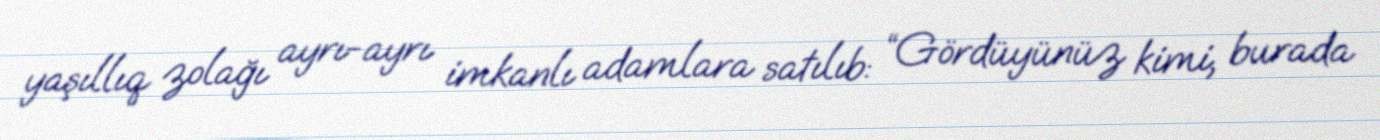
yaşıllıq zolağı ayrı-ayrı imkanlı adamlara satılıb: “Gördüyünüz kimi, burada